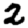
Digit: 2